Indian journal of veterinary science and animal husbandry - Volume 10,
Year: 1940
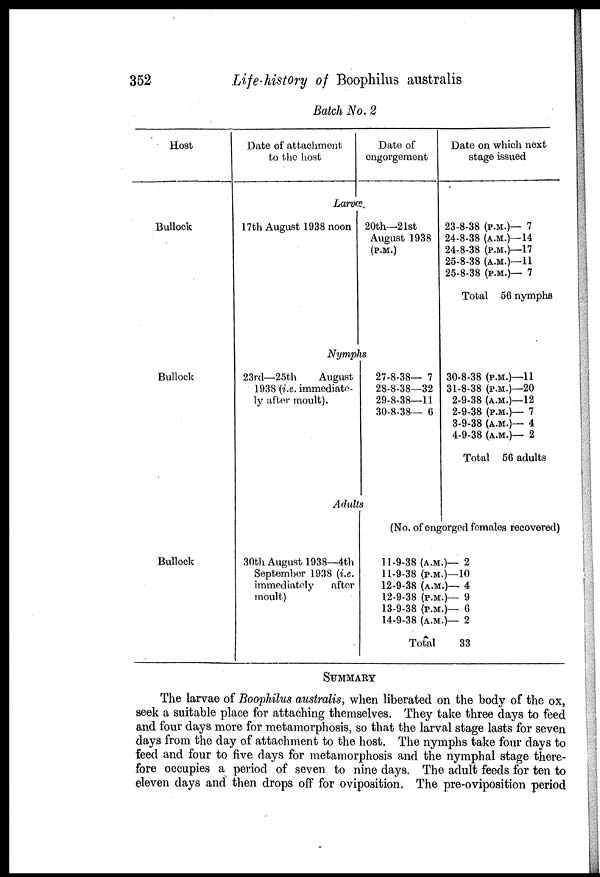
352
Life-history of Boophilus australis
Batch No. 2
Host
Bullock
Bullock
Bullock
Date of attachment
to the host
Date of
engorgement
Larvæ.
17th August 1938 noon 20th—21st
August 1938
(P.M.)
Nymphs
23rd—25th
August
1938 (i.e. immediate-
ly after moult).
Adult
30th August 1938—4th
September 1938 (i.e.
immediately
after
moult)
27-8-38— 7
28-8-38—32
29-8-38—11
30-8-38— 6
Date on which next
stage issued
23-8-38 (P.M.)— 7
24-8-38 (A.M.)—14
24-8-38 (P.M.)—17
25-8-38 (A.M.)—11
25-8-38 (P.M.)— 7
Total 56 nymphs
30-8-38 (P.M.)—11
31-8-38
(P.M.)—20
2-9-38 (A.M.)—12
2-9-38 (P.M.)— 7
3-9-38 (A.M.)— 4
4-9-38 (A.M.)— 2
Total 66 adults
(No. of engorged females recovered)
11-9-38 (A.M.)—
11-9-38 (P.M.)—
12-9-38 (A.M.)—
12-9-38 (P.M.)—
13-9-38 (P.M.)—
14-9-38 (A.M.)—
Total
2
10
4
9
6
2
33
SUMMARY
The larvae of Boophilus australis, when liberated on the body of the ox,
seek a suitable place for attaching themselves. They take three days to feed
and four days more for metamorphosis, so that the larval stage lasts for seven
days from the day of attachment to the host. The nymphs take four days to
feed and four to five days for metamorphosis and the nymphal stage there-
fore occupies a period of seven to nine days. The adult feeds for ten to
eleven days and then drops off for oviposition. The pre-oviposition period